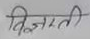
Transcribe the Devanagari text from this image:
विज्ञप्ति